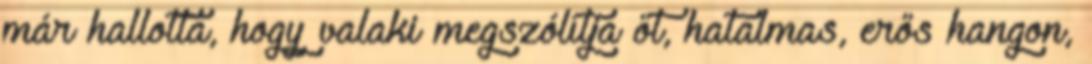
már hallotta, hogy valaki megszólítja őt, hatalmas, erős hangon,